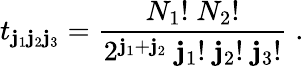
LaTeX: t_{\mathbf{j}_{1}\mathbf{j}_{2}\mathbf{j}_{3}}=\frac{{{N_{1}}!\; {N_{2}}!}}{{2^{\mathbf{j}_{1}+\mathbf{j}_{2}}\; {\mathbf{j}_{1}}!\; {\mathbf{j}_{2}}!\; {\mathbf{j}_{3}}!}}\; .